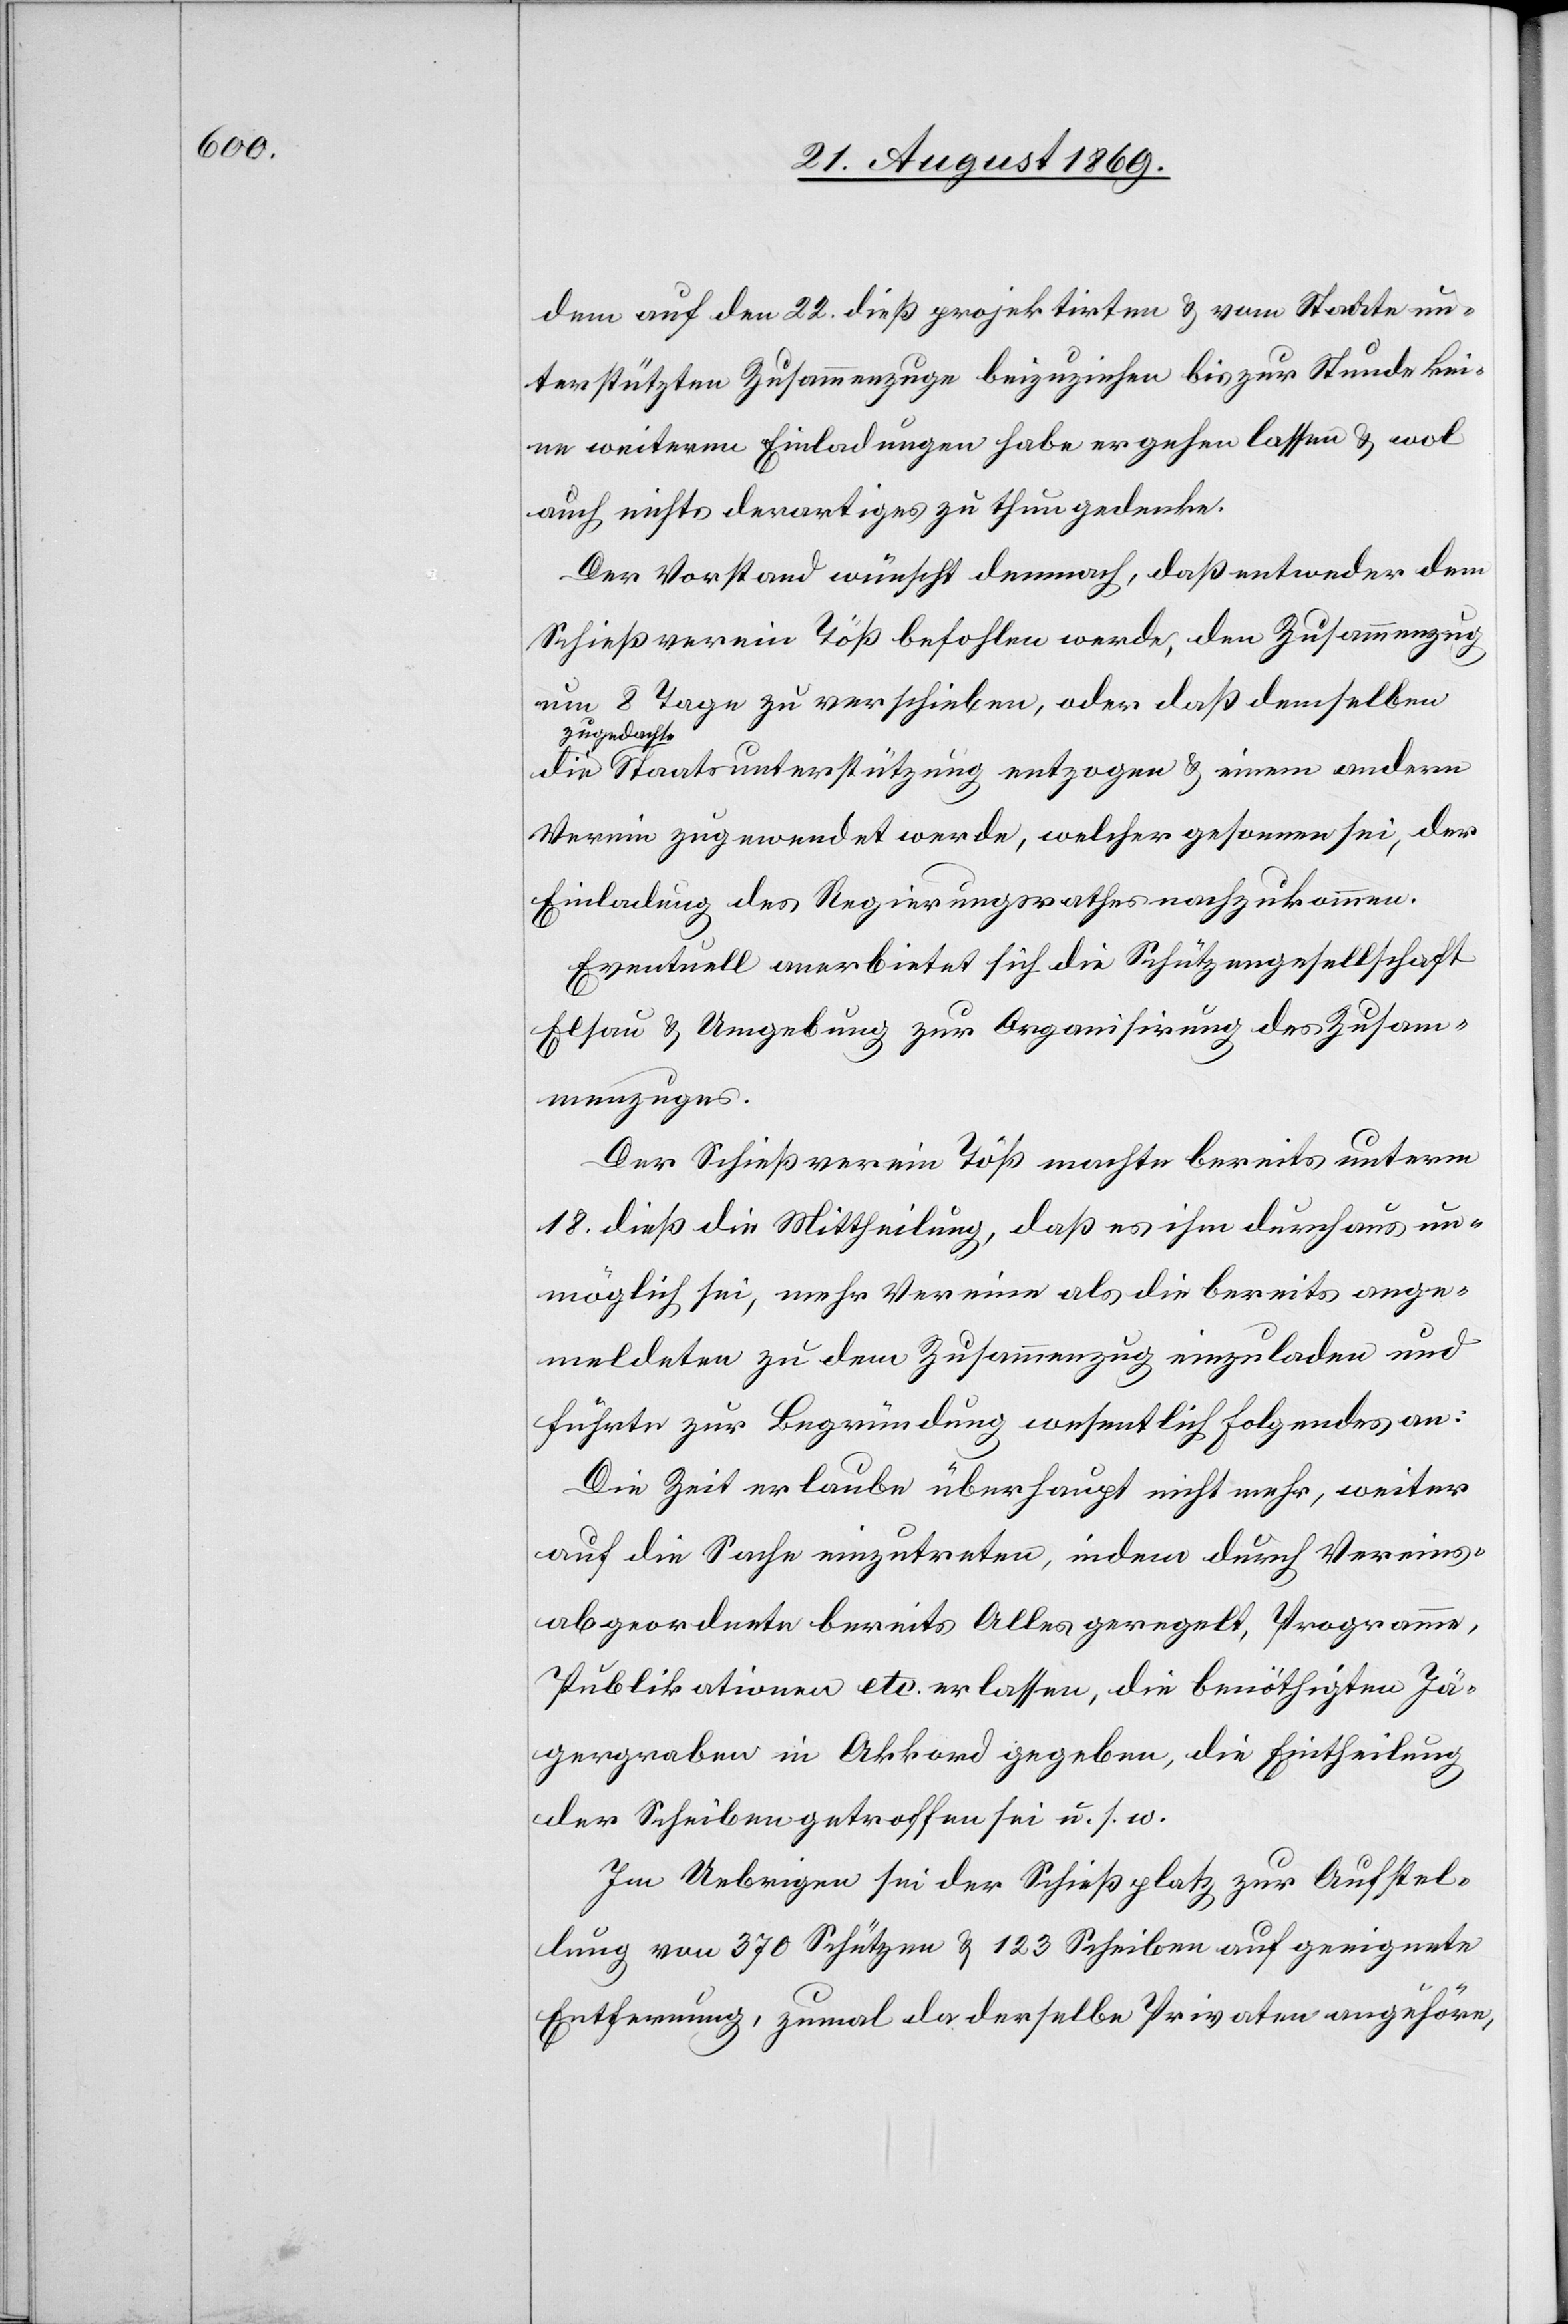
dem auf den 22. dieß projektirten & vom Staate un¬
terstützten Zusammenzuge beizuziehen bis zur Stunde kei¬
ne weiteren Einladungen habe ergehen lassen & wol
auch nichts derartiges zu thun gedenke.
Der Vorstand wünscht demnach, daß entweder dem
Schießverein Töß befohlen werde, den Zusammenzug
um 8 Tage zu verschieben, oder daß demselben
zugedacht¬
e Staatsunterstützung entzogen & einem andern
Verein zugewendet werde, welcher gesonnen sei, der
Einladung des Regierungsrathes nachzukommen.
Eventuell anerbietet sich die Schützengesellschaft
Elsau & Umgebung zur Organisirung des Zusam¬
menzuges.
Der Schießverein Töß machte bereits unterm
18. dieß die Mittheilung, daß es ihm durchaus un¬
möglich sei, mehr Vereine als die bereits ange¬
meldeten zu dem Zusammenzug einzuladen und
führte zur Begründung wesentlich Folgendes an:
Die Zeit erlaube überhaupt nicht mehr, weiter
auf die Sache einzutreten, indem durch Vereins¬
abgeordnete bereits Alles geregelt, Programme,
Publikationen etc. erlassen, die benöthigten Jä¬
gergraben in Akkord gegeben, die Eintheilung
der Scheiben getroffen sei u. s. w.
Im Uebrigen sei der Schießplatz zur Aufstel¬
lung von 370 Schützen & 123 Scheiben auf geeignete
Entfernung, zumal da derselbe Privaten angehöre,